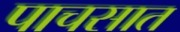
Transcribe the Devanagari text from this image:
पाचसात